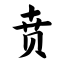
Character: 贲